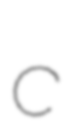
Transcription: c